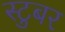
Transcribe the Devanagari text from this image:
स्टुबर